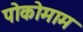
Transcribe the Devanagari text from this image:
पोकोमाम